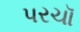
પરચૉ